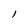
Character: 1